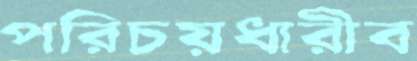
পরিচয়ধারীব